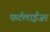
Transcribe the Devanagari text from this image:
फर्टलाईजर